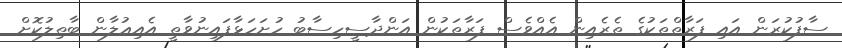
ސާފުކުރަން އައި ފަރާތްތަކުގެ ތެރެއިން އެއްވެސް ފަރާތަކުން އަންދާސީހިސާބު ހުށަހަޅާފައިނުވާތީ އެއިޢުލާން ބާޠިލުކޮށް